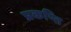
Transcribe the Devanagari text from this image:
प्रकष्ति